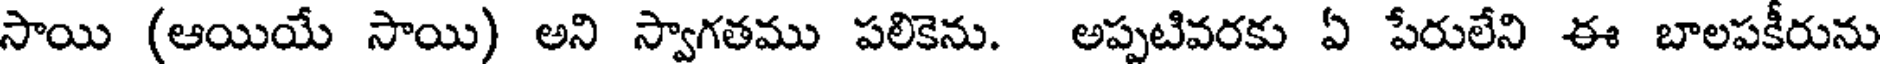
సాయి (ఆయియే సాయి) అని స్వాగతము పలికెను. అప్పటివరకు ఏ పేరులేని ఈ బాలపకీరును